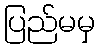
ပြည်မမှ